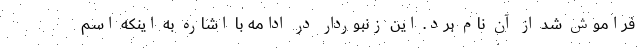
فراموش شد از آن نام برد. این زنبوردار در ادامه با اشاره به اینکه اسم